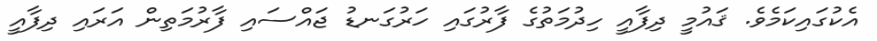
އެކުގައިކަމެވެ. ޤައުމީ ދިފާއީ ހިދުމަތުގެ ފާރުގައި ހަރުގަނޑު ޖައްސައި ފާރުމަތިން އަރައި ދިފާއީ